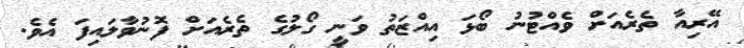
އޭރިއާ ތެރެއަށް ވެއްޓުނު ބޯޅަ އިއްޒަތު ވަނީ ގޯލުގެ ތެރެއަށް ފޮނުވާލައިފަ އެވެ.